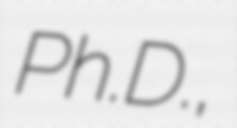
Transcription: Ph.D.,